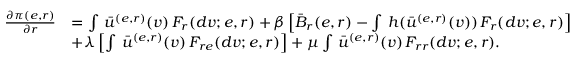
\begin{array} { r l } { \frac { \partial \pi ( e , r ) } { \partial r } } & { = \int \, \bar { u } ^ { ( e , r ) } ( v ) \, F _ { r } ( d v ; e , r ) + \beta \left[ \bar { B } _ { r } ( e , r ) - \int \, h ( \bar { u } ^ { ( e , r ) } ( v ) ) \, F _ { r } ( d v ; e , r ) \right] } \\ & { + \lambda \left[ \int \, \bar { u } ^ { ( e , r ) } ( v ) \, F _ { r e } ( d v ; e , r ) \right] + \mu \int \, \bar { u } ^ { ( e , r ) } ( v ) \, F _ { r r } ( d v ; e , r ) . } \end{array}